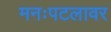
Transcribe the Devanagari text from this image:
मनःपटलावर